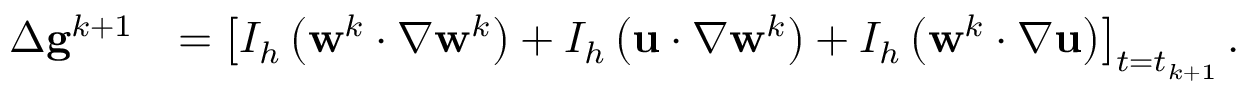
\begin{array} { r l } { \Delta \mathbf { g } ^ { k + 1 } } & { = \left[ I _ { h } \left( \mathbf { w } ^ { k } \cdotp \nabla \mathbf { w } ^ { k } \right) + I _ { h } \left( \mathbf { u } \cdotp \nabla \mathbf { w } ^ { k } \right) + I _ { h } \left( \mathbf { w } ^ { k } \cdotp \nabla \mathbf { u } \right) \right] _ { t = t _ { k + 1 } } . } \end{array}